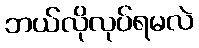
ဘယ်လိုလုပ်ရမလဲ